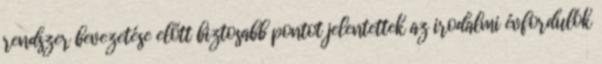
rendszer bevezetése előtt biztosabb pontot jelentettek az irodalmi évfordulók